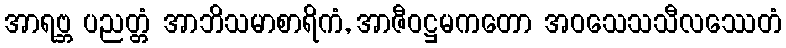
အာရဗ္ဘ ပညတ္တံ အာဘိသမာစာရိကံ, အာဇီဝဋ္ဌမကတော အဝသေသသီလဿေတံ